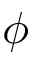
\phi